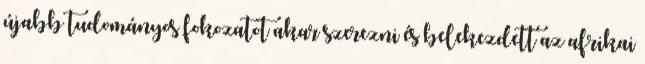
újabb tudományos fokozatot akar szerezni és belekezdett az afrikai